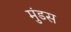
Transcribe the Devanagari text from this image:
मुंडस